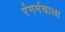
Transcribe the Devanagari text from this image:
रंगमंचाला